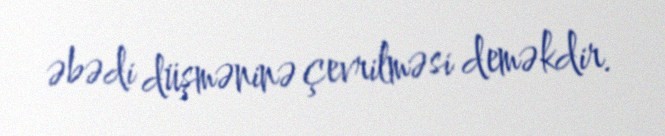
əbədi düşməninə çevrilməsi deməkdir.